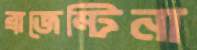
ব্রাজেন্টিনা